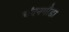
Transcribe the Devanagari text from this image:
चंदनगौडा